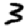
Digit: 3